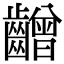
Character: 𪙭